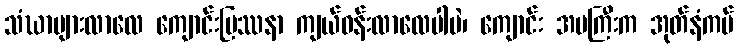
သံဃာများလာလေ ကျောင်းပြဿနာ ကျယ်ဝန်းလာလေပါပဲ၊ ကျောင်း အမကြီးက အုတ်နံကပ်